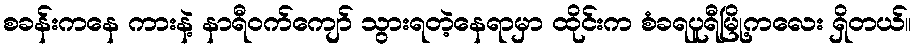
စခန်းကနေ ကားနဲ့ နာရီဝက်ကျော် သွားရတဲ့နေရာမှာ ထိုင်းက စံခရပူရီမြို့ကလေး ရှိတယ်။